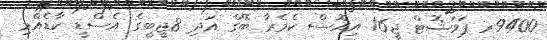
9400ރ ޕަވަޝޮޓް ޖީ16 އިއޮސް ކެމެރާ ބޭގް އަދި 8ޖީބީގެ އެސްޑީ ކާޑެއްމި